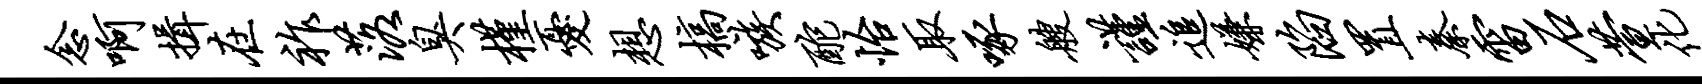
念啊揖在祚落臭槿忧想槁嗾酡怡取啄艘谨追嫌陷置秦雷石萱化